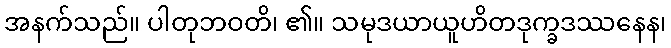
အနက်သည်။ ပါတုဘဝတိ၊ ၏။ သမုဒယာယူဟိတဒုက္ခဒဿနေန၊